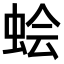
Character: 𫊹